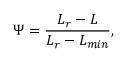
\Psi = \frac { L _ { r } - L } { L _ { r } - L _ { m i n } } ,